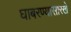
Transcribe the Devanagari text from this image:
घाबरण्यासारखे